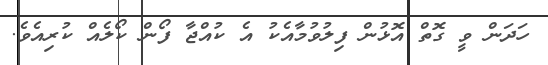
ހަދަން ވީ ގޮތް އޮޅުން ފިލުވުމާއެކު އެ ކުއްޖާ ފޯން ކޯލެއް ކުރިއެވެ.